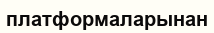
платформаларынан